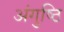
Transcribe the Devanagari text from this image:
अंगुष्ठि